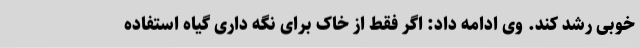
خوبی رشد کند. وی ادامه داد: اگر فقط از خاک برای نگه داری گیاه استفاده